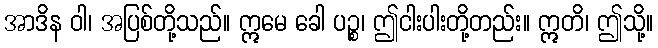
အာဒိန ဝါ၊ အပြစ်တို့သည်။ ဣမေ ခေါ ပဉ္စ၊ ဤငါးပါးတို့တည်း။ ဣတိ၊ ဤသို့။